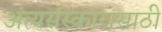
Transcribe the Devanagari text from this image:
अंत्यसंस्कारासाठी